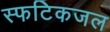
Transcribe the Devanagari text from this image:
स्फटिकजल